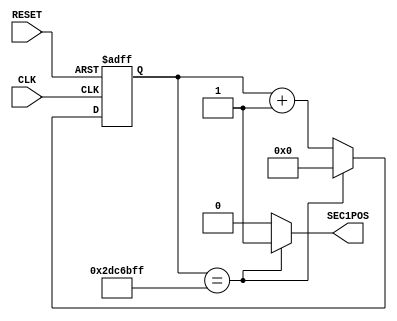
////////////////////////////////////////////////////////////////
// UART module                                                //
// SEC1GEN.v                                                  //
// UTF-8                                                      //
// hiratsuka naoto                                            //
// 2020.11.4                                                  //
// Rev0.1 new                                                 //
////////////////////////////////////////////////////////////////

module SEC1GEN #(
	parameter          P_CLK_FRQ = 48_000_000
	)(
	input   wire       CLK       ,
	input   wire       RESET     ,
	output  wire       SEC1POS   
	);

	// ??
	reg   [25:0]   r_cnt_1sec   ;
	
	// 1?
	always @(posedge CLK or negedge RESET ) begin
		if (~RESET) begin
			r_cnt_1sec <= 26'd0 ;
		end else begin
			if (r_cnt_1sec == (P_CLK_FRQ - 1)) begin
				r_cnt_1sec <= 26'd0 ;
			end else begin
				r_cnt_1sec <= r_cnt_1sec + 26'd1 ;
			end
		end
	end

	assign SEC1POS = (r_cnt_1sec == (P_CLK_FRQ - 1)) ? 1'd1 : 1'd0 ;

endmodule